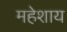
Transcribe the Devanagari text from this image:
महेशाय